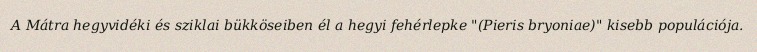
A Mátra hegyvidéki és sziklai bükköseiben él a hegyi fehérlepke "(Pieris bryoniae)" kisebb populációja.